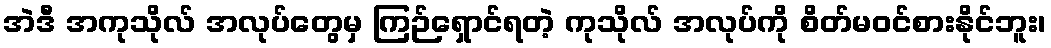
အဲဒီ အကုသိုလ် အလုပ်တွေမှ ကြဉ်ရှောင်ရတဲ့ ကုသိုလ် အလုပ်ကို စိတ်မဝင်စားနိုင်ဘူး၊